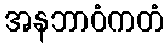
အနဘာဝံကတံ